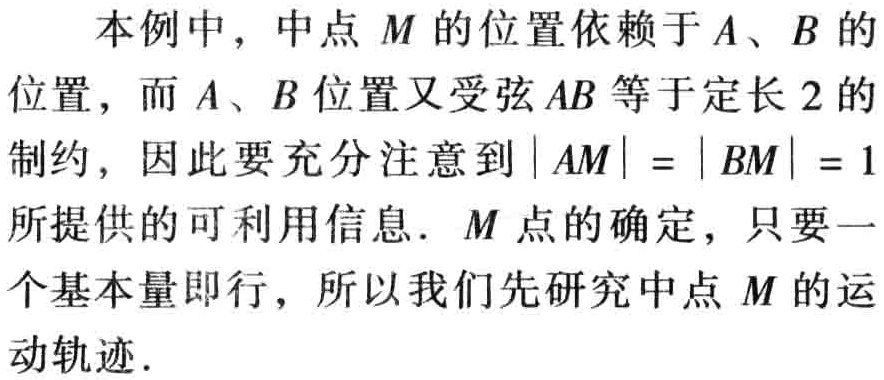
本例中，中点 \(M\) 的位置依赖于 \(A、B\) 的位置，而 \(A、B\) 位置又受弦 \(AB\) 等于定长 \(2\) 的制约，因此要充分注意到 \(|AM| = |BM| = 1\) 所提供的可利用信息. \(M\) 点的确定，只要一个基本量即行，所以我们先研究中点 \(M\) 的运动轨迹.